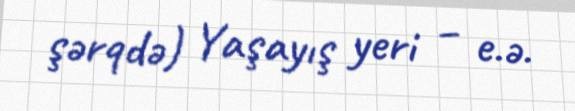
şərqdə) Yaşayış yeri – e.ə.